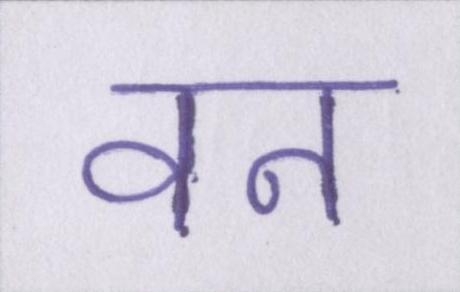
वन